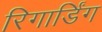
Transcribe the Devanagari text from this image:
रिगार्डिंग